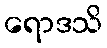
ရောဒသိ